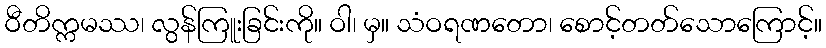
ဝီတိက္ကမဿ၊ လွန်ကြူးခြင်းကို။ ဝါ၊ မှ။ သံဝရဏတော၊ စောင့်တတ်သောကြောင့်။